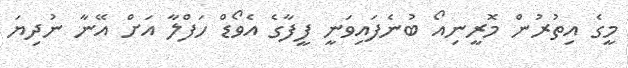
މީގެ އިތުރުން މޮރީނިއޯ ބުނެފައިވަނީ ފީފާގެ އެވޯޑް ހަފްލާ އަށް އޭނާ ނުދިޔަ